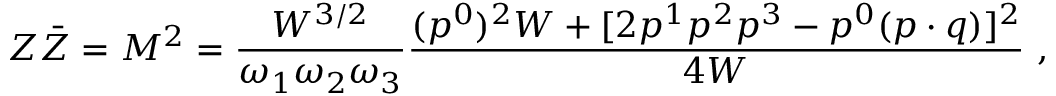
Z \bar { Z } = M ^ { 2 } = \frac { W ^ { 3 / 2 } } { \omega _ { 1 } \omega _ { 2 } \omega _ { 3 } } \frac { ( p ^ { 0 } ) ^ { 2 } W + [ 2 p ^ { 1 } p ^ { 2 } p ^ { 3 } - p ^ { 0 } ( p \cdot q ) ] ^ { 2 } } { 4 W } \ ,